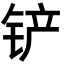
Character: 铲